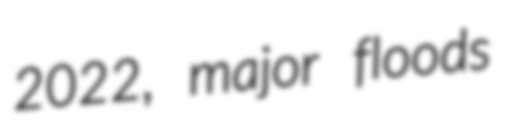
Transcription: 2022, major floods